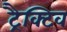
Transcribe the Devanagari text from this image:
ट्रैक्टिव